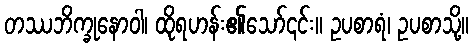
တဿဘိက္ခုနောဝါ၊ ထိုရဟန်း၏သော်၎င်း။ ဥပစာရံ၊ ဥပစာသို့။